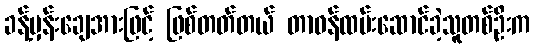
ခန့်မှန်းချေအားဖြင့် ဖြစ်တတ်တယ် တာဝန်ထမ်းဆောင်ခဲ့သူတစ်ဦးက